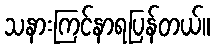
သနားကြင်နာရပြန်တယ်။